Magi,_Artur, lk 24
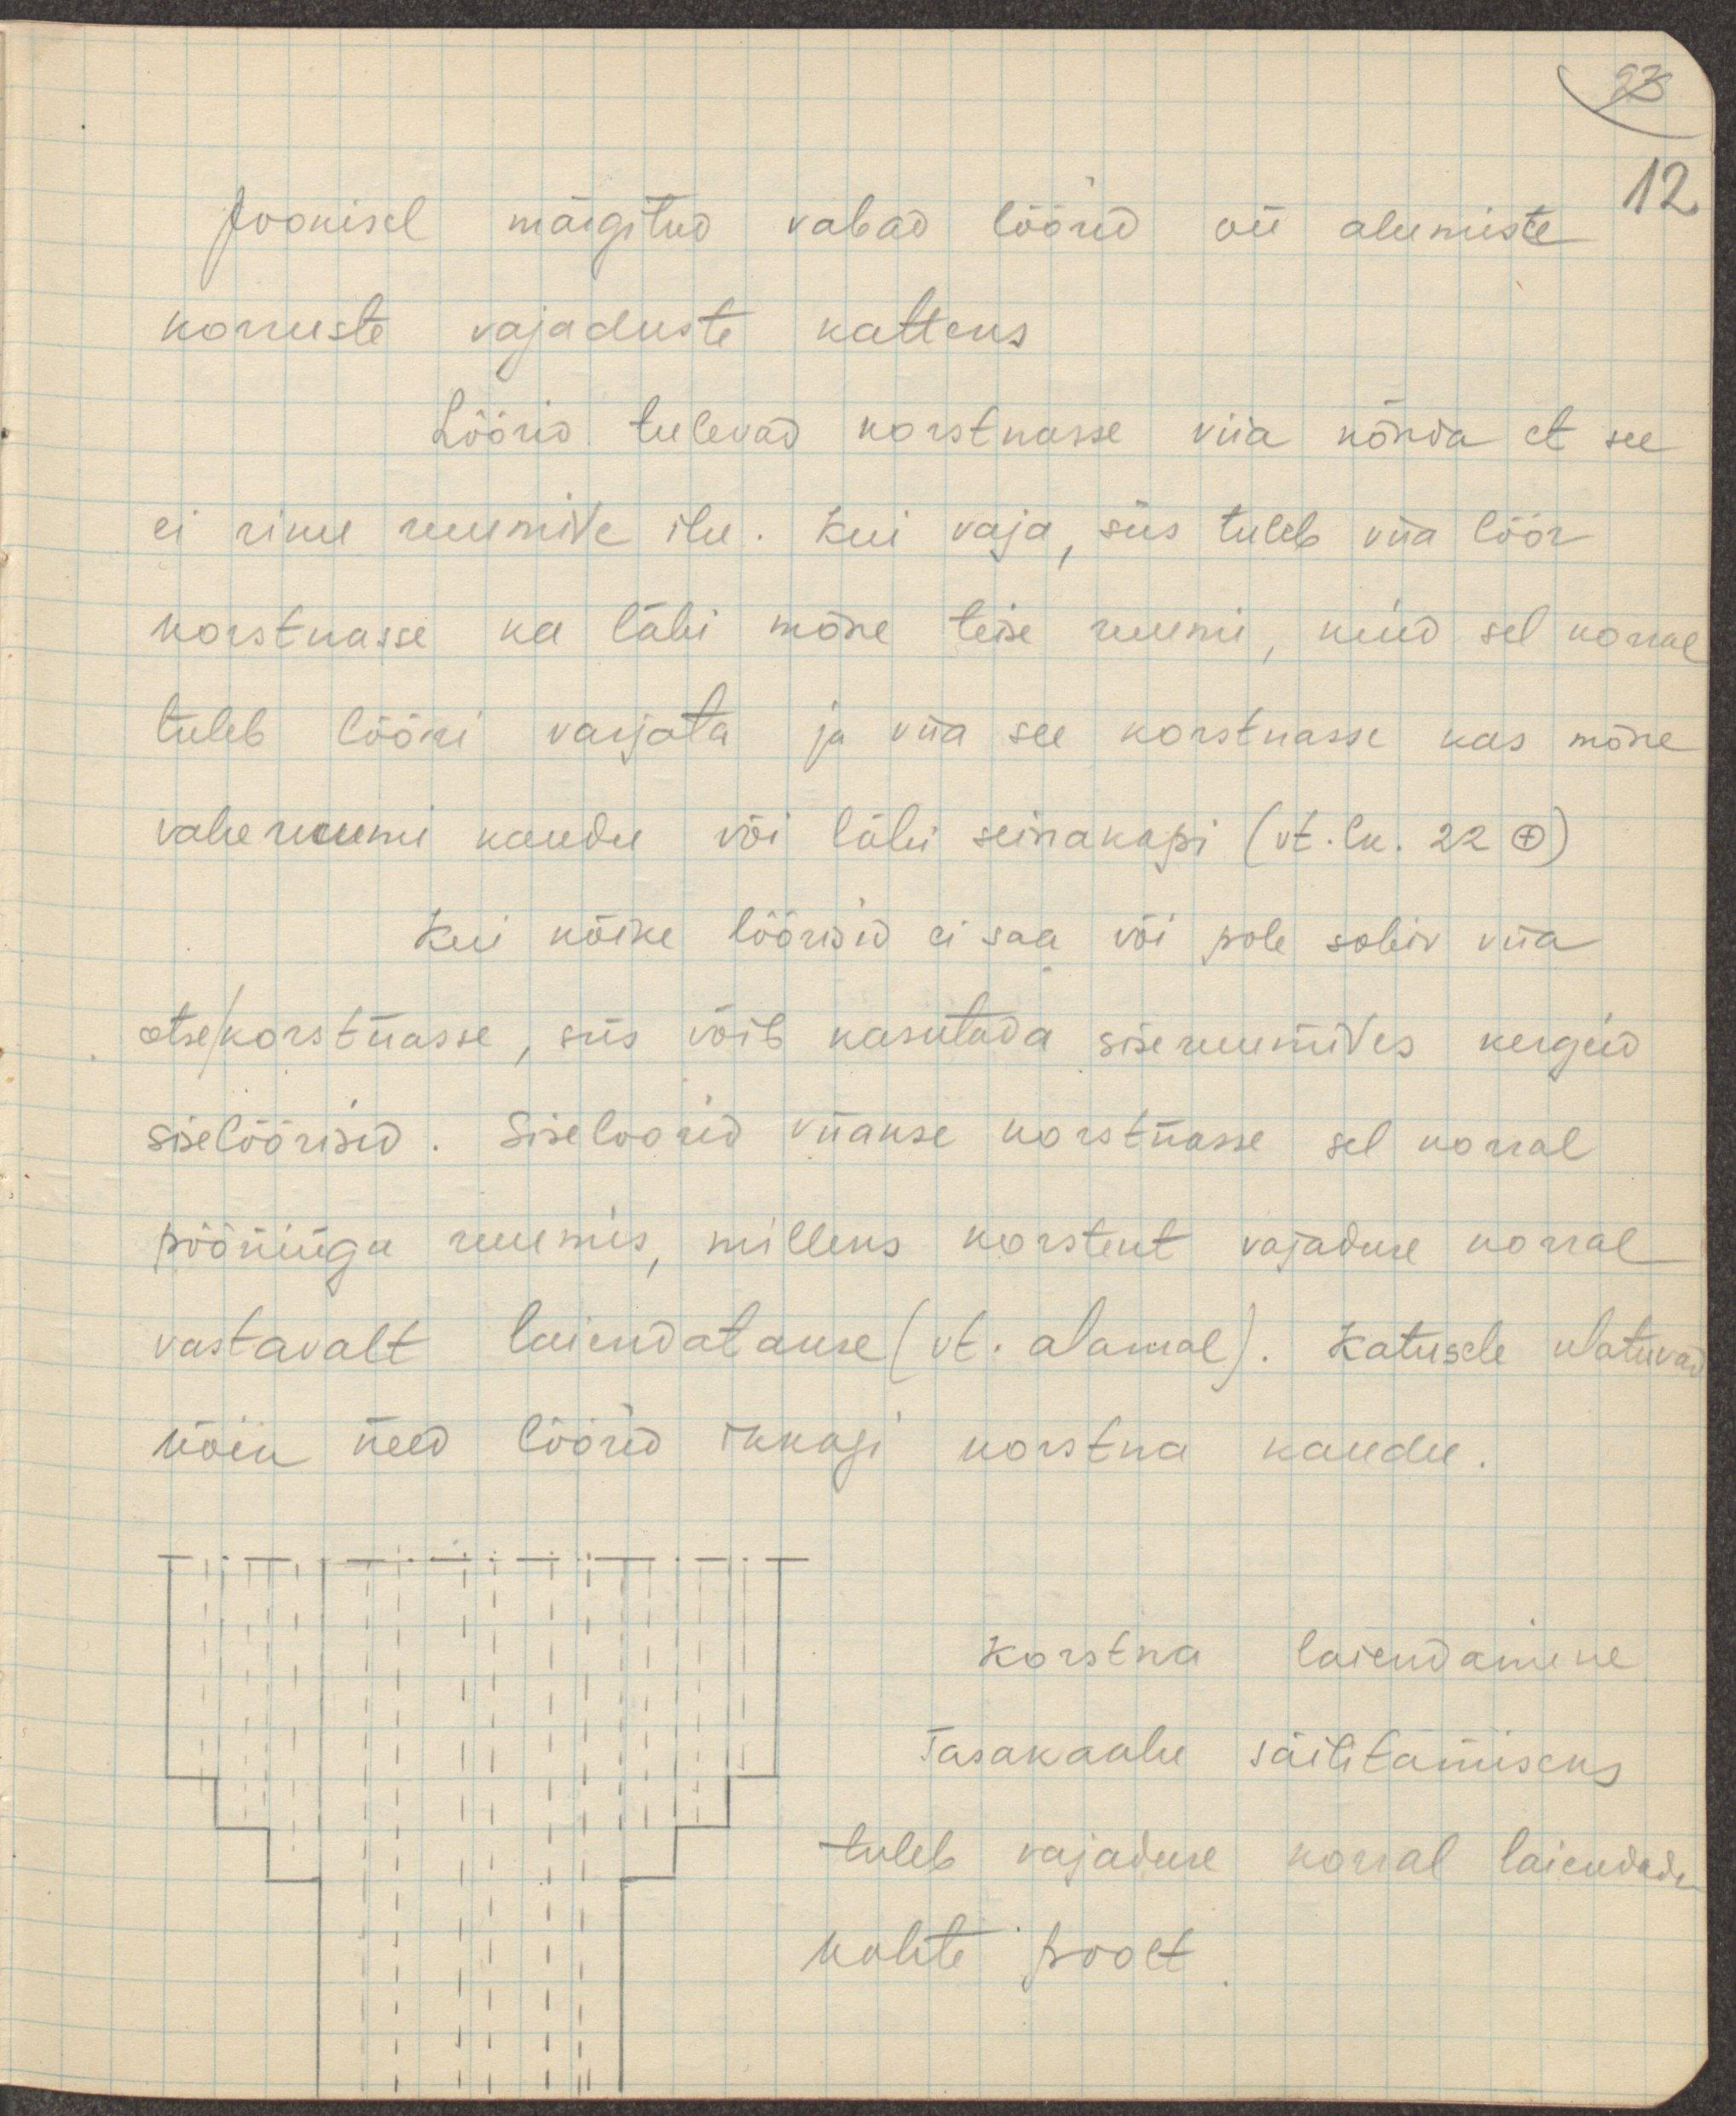
23

Joonisel märgitud vabad lõõrid on alumiste
12
korruste vajaduste katteks
Lõõrid tulevad korstnasse viia nõnda et see
ei riku ruumide ilu. Kui vaja, siis tuleb viia lõõr
korstnasse ka läbi mõne teise ruumi, kuid sel korral
tuleb lõõri varjata ja viia see korstnasse kas mõne
vaheruumi kaudu või läbi seinakapi (vt. lk. 22 +)
Kui kõike lõõrisid ei saa või pole sobiv viia
otse korstnasse, siis võib kasutada siseruumides kergeid
siselõõrisid. Siseloorid viiakse korstnasse sel korral
pööningu ruumis, milleks korstent vajaduse korral
vastavalt laiendatakse (vt. alamal). Katusele ulatavad
kõik need lõõrid ikkagi korstna kaudu.
Korstna laiendamine
Tasakaalu säilitamiseks
tuleb vajaduse korral laiendada
kahte poolt.